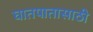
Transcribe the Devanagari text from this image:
घातपातासाठी